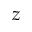
z